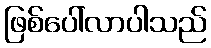
ဖြစ်ပေါ်လာပါသည်